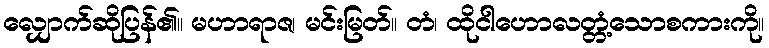
လျှောက်ဆိုပြန်၏။ မဟာရာဇ၊ မင်းမြတ်။ တံ၊ ထိုငါဟောလတ္တံ့သောစကားကို။